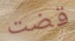
قضت